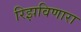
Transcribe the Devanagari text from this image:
रिझविणारा